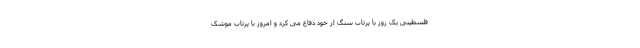
فلسطینی یک روز با پرتاب سنگ از خود دفاع می کرد و امروز با پرتاب موشکِ